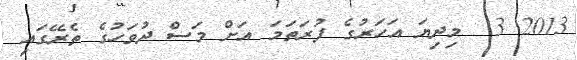
2013 3  މިދިޔަ އަހަރުގެ ފުރަތަމަ އަށް މަސް ދުވަހުގެ ތެރޭގައި